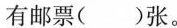
有邮票（）张。